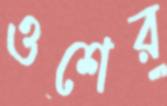
ওশের